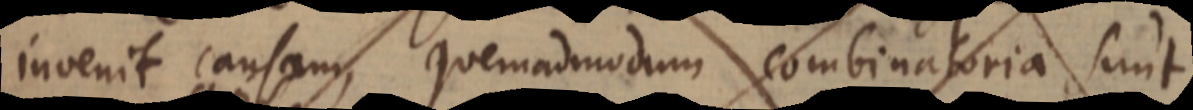
invenit causam, quemadmodum combinatoria sunt